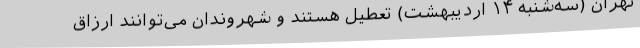
تهران (سه‌شنبه ۱۴ اردیبهشت) تعطیل هستند و شهروندان می‌توانند ارزاق